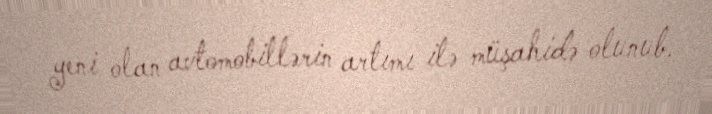
yeni olan avtomobillərin artımı ilə müşahidə olunub.